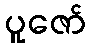
ပူဇော်